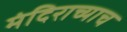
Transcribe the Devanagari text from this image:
मंदिराच्याच